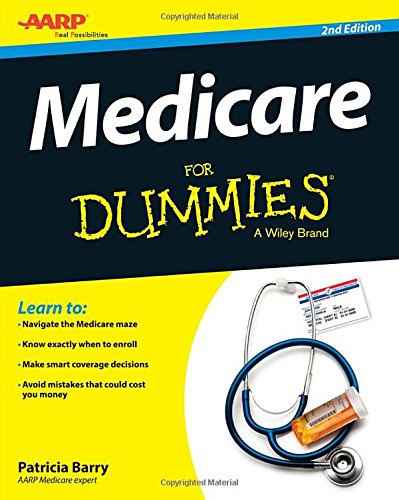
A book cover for Medicare For Dummies; Patricia Barry; Medical Books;